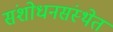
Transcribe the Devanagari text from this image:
संशोधनसंस्थेत